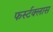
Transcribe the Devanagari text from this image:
फर्स्टक्लास